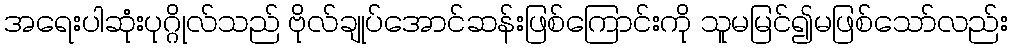
အရေးပါဆုံးပုဂ္ဂိုလ်သည် ဗိုလ်ချုပ်အောင်ဆန်းဖြစ်ကြောင်းကို သူမမြင်၍မဖြစ်သော်လည်း